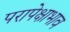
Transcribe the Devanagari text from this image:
परापेक्षाभाव